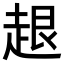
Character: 𧻠